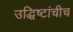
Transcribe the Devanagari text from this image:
उद्धिष्टांचीच